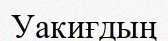
Уакиғдың